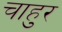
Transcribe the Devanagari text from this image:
चाहुर